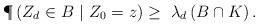
LaTeX: \begin{align*}\P\left(Z_d\in B\ |\ Z_0=z\right)\ge ~ \lambda_d \left(B\cap K\right).\end{align*}